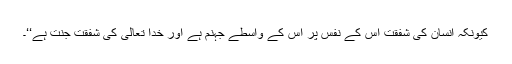
کیونکہ انسان کی شفقت اس کے نفس پر اس کے واسطے جہنم ہے اور خدا تعالیٰ کی شفقت جنت ہے‘‘۔